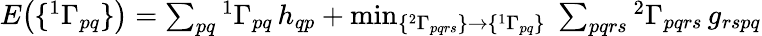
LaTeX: \begin{array}{r}{E\big(\{ ^{1}\Gamma_{pq}\} \big)=\sum_{pq}{^{1}\Gamma}_{pq}\, h_{qp}+\operatorname*{min}_{\{ {^{2}\Gamma_{pqrs}}\} \to\{ ^{1}\Gamma_{pq}\} }\; \sum_{pqrs}{^{2}\Gamma}_{pqrs}\, g_{rspq}}\end{array}